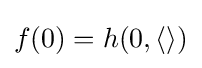
f(0)=h(0,\langle \rangle )